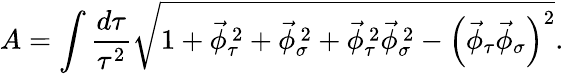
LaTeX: A=\int\frac{d\tau}{\tau^{2}}\sqrt{{1+\vec{\phi}_{\tau}^{\, 2}+\vec{\phi}_{\sigma}^{\, 2}+\vec{\phi}_{\tau}^{\, 2}\vec{\phi}_{\sigma}^{\, 2}-\left(\vec{\phi}_{\tau}\vec{\phi}_{\sigma}\right)^{2}}}.